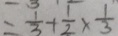
= \frac { 1 } { 3 } + \frac { 1 } { 2 } \times \frac { 1 } { 3 }